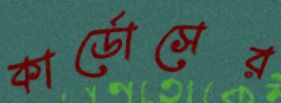
কার্ডোসের